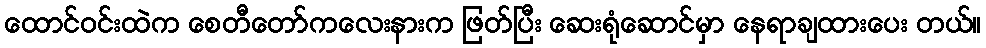
ထောင်ဝင်းထဲက စေတီတော်ကလေးနားက ဖြတ်ပြီး ဆေးရုံဆောင်မှာ နေရာချထားပေး တယ်။